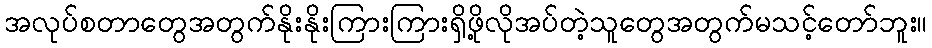
အလုပ်စတာတွေအတွက်နိုးနိုးကြားကြားရှိဖို့လိုအပ်တဲ့သူတွေအတွက်မသင့်တော်ဘူး။